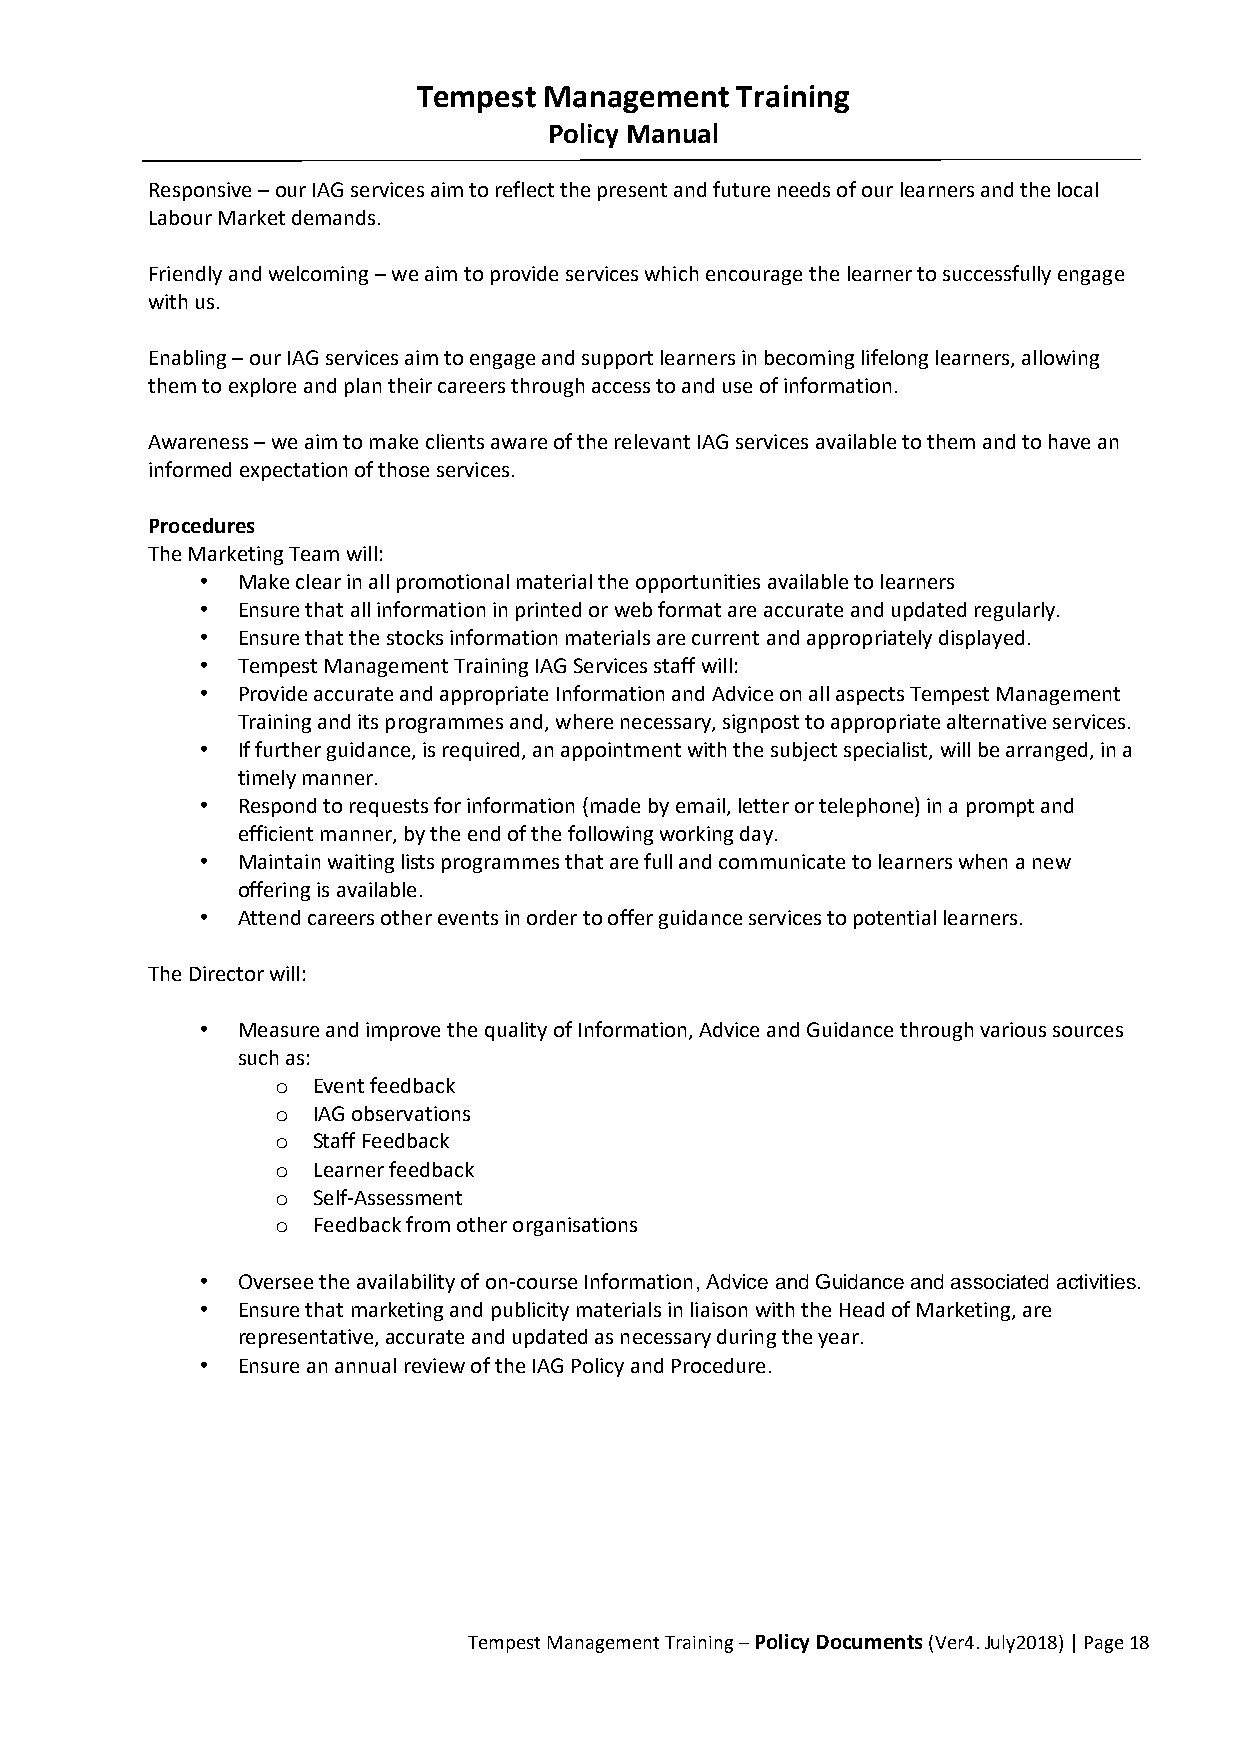
Tempest Management   Training
 Policy Manual
 Responsive – our IAG services aim to reflect the present and future needs of our learners and the local
 Labour Market demands.
 Friendly and welcoming – we aim to provide services which encourage the learner to successfully engage
 with us.
 Enabling – our IAG services aim to engage and support learners in becoming lifelong learners, allowing
 them to explore and plan their careers through access to and use of information.
 Awareness – we aim to make clients aware of the relevant IAG services available to them and to have an
 informed expectation of those services.
 Procedures
 The Marketing Team will:
 •  Make clear in all promotional material the opportunities available to learners
 •  Ensure that all information in printed or web format are accurate and updated regularly.
 •  Ensure that the stocks information materials are current and appropriately displayed.
 •  Tempest Management Training IAG Services staff will:
 •  Provide accurate and appropriate Information and Advice on all aspects Tempest Management
 Training and its programmes and, where necessary, signpost to appropriate alternative services.
 •  If further guidance, is required, an appointment with the subject specialist, will be arranged, in a
 timely manner.
 •  Respond to requests for information (made by email, letter or telephone) in a prompt and
 efficient manner, by the end of the following working day.
 •  Maintain waiting lists programmes that are full and communicate to learners when a new
 offering is available.
 •  Attend careers other events in order to offer guidance services to potential learners.
 The Director will:
 •  Measure and improve the quality of Information, Advice and Guidance through various sources
 such as:
 o  Event feedback
 o  IAG observations
 o  Staff Feedback
 o  Learner feedback
 o  Self-Assessment
 o  Feedback from other organisations
 •  Oversee the availability of on-course Information, Advice and Guidance and associated activities.
 •  Ensure that marketing and publicity materials in liaison with the Head of Marketing, are
 representative, accurate and updated as necessary during the year.
 •  Ensure an annual review of the IAG Policy and Procedure.
 Tempest Management Training – Policy Documents (Ver4. July2018) | Page 18